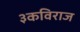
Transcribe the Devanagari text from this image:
३कविराज